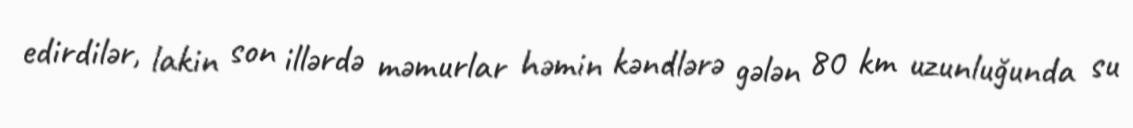
edirdilər, lakin son illərdə məmurlar həmin kəndlərə gələn 80 km uzunluğunda su